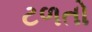
ટળતો